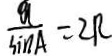
\frac { a } { \sin A } = 2 R